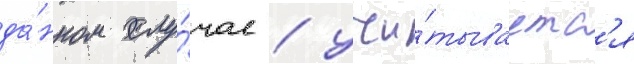
да́нном слу́чае / учи́тываетс'я